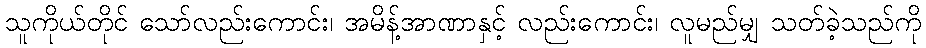
သူကိုယ်တိုင် သော်လည်းကောင်း၊ အမိန့်အာဏာနှင့် လည်းကောင်း၊ လူမည်မျှ သတ်ခဲ့သည်ကို